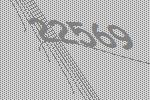
22569